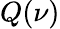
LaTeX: Q(\nu)